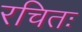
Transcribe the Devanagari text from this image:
रचितः